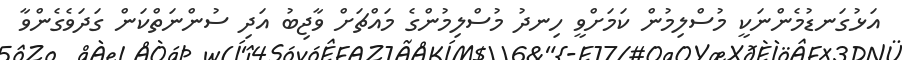
އަޅުގަނޑުމެންނަކީ މުސްލިމުން ކަމަށްވީ ހިނދު މުސްލިމުންގެ މައްޗަށް ވާޖިބު އަދި ސުންނަތްކަން ގަދަވެގެންވާ